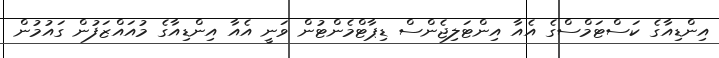
އިންޑިއާގެ ކަސްޓަމްސްގެ އެއާ އިންޓަލިޖެންސް ޑިޕާޓްމެންޓުން ވަނީ އެއާ އިންޑިއާގެ މުއައްޒަފުން ގައުމުން